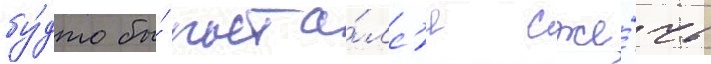
бу́дто бы́ пыта́лс'я сже́чь